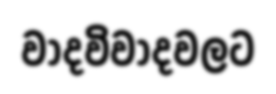
වාදවිවාදවලට